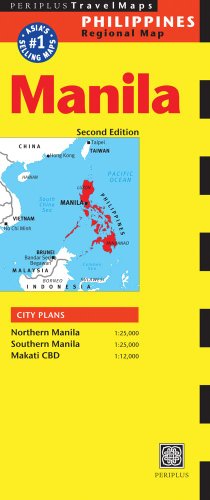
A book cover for Manila Travel Map Second Edition (Philippines Regional Map); Travel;